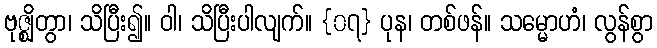
ဗုဇ္ဈိတွာ၊ သိပြီး၍။ ဝါ၊ သိပြီးပါလျက်။ {၀၇} ပုန၊ တစ်ဖန်။ သမ္မောဟံ၊ လွန်စွာ